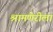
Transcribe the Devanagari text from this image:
श्रामणेरीला